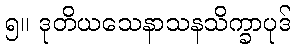
၅။ ဒုတိယသေနာသနသိက္ခာပုဒ်